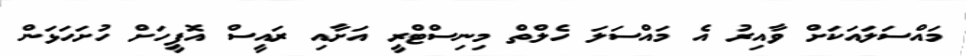
މައްސަލައަކަށް ވާއިރު އެ މައްސަލަ ހެލްތް މިނިސްޓްރީ އަށާއި ރައީސް އޮފީހަށް ހުށަހަޅަން